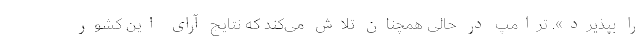
را بپذیرد». ترامپ در حالی همچنان تلاش می‌کند که نتایج آرای این کشور